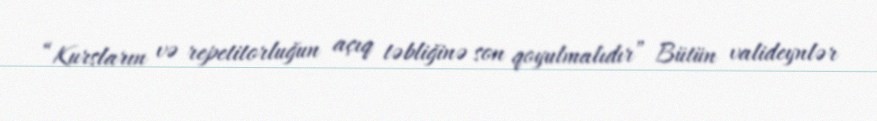
“Kursların və repetitorluğun açıq təbliğinə son qoyulmalıdır” Bütün valideynlər